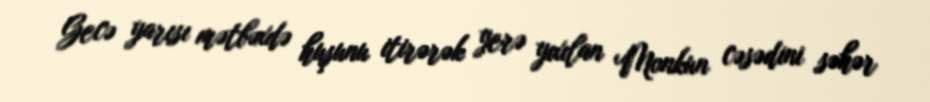
Gecə yarısı mətbəxdə huşunu itirərək yerə yıxılan Monkun cəsədini səhər